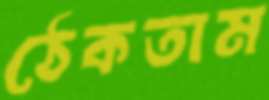
ঠেকতাম